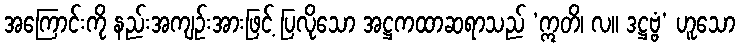
အကြောင်းကို နည်းအကျဉ်းအားဖြင့် ပြလိုသော အဋ္ဌကထာဆရာသည် ‘ဣတိ၊ လ။ ဒဋ္ဌဗ္ဗံ’ ဟူသော